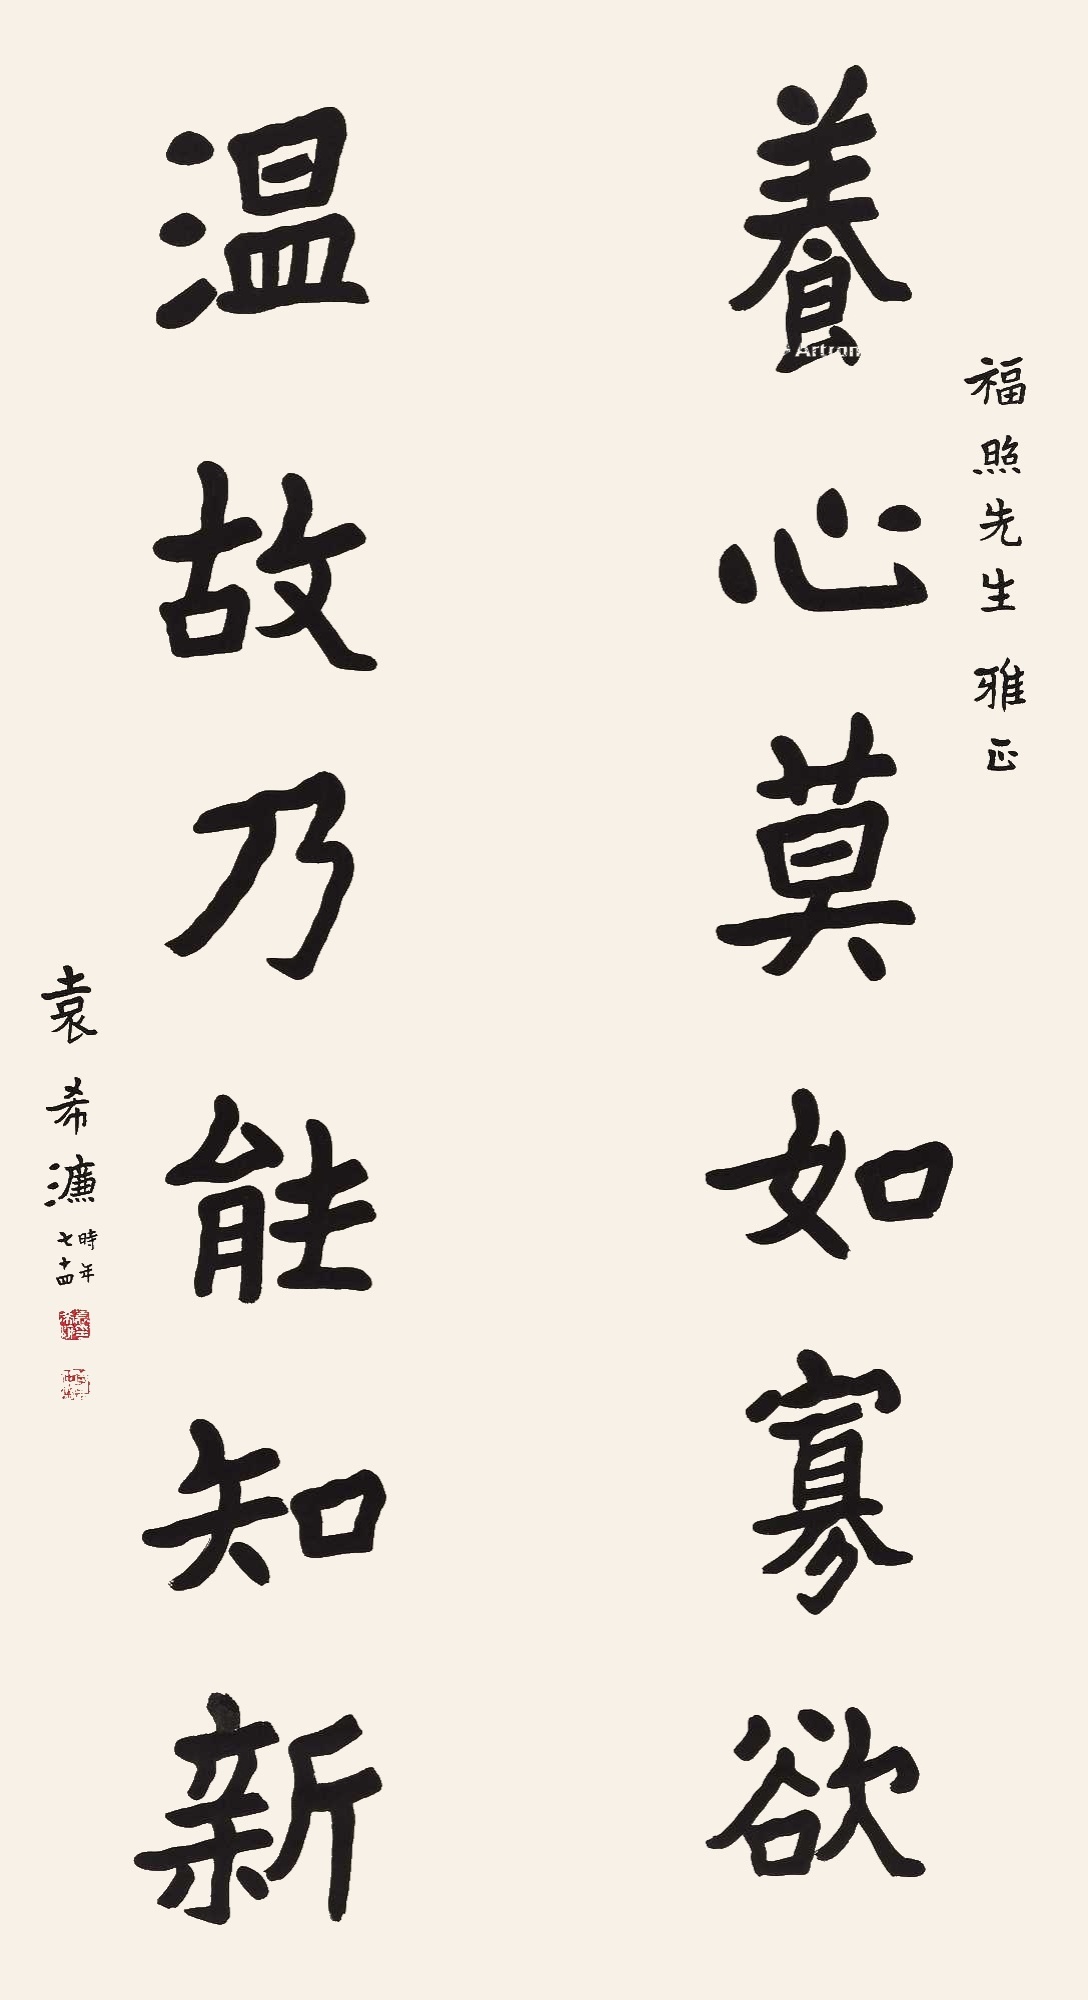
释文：养心莫如寡欲，温故乃能知新。福照先生雅正。袁希濂，时年七十四。